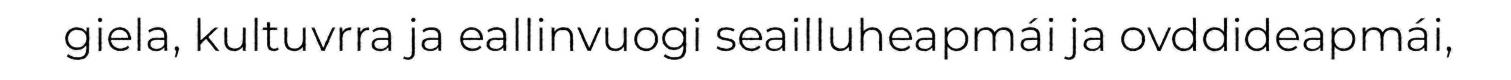
giela, kultuvrra ja eallinvuogi seailluheapmái ja ovddideapmái,